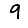
Digit: 9